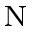
_ \mathrm { N }